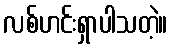
လစ်ဟင်းရှာပါသတဲ့။